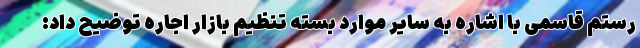
رستم قاسمی با اشاره به سایر موارد بسته تنظیم بازار اجاره توضیح داد: